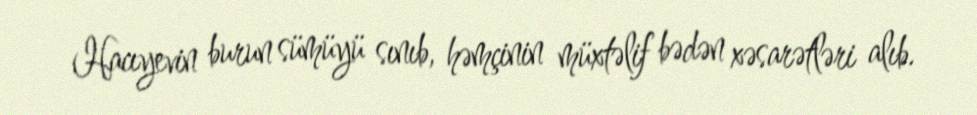
Hacıyevin burun sümüyü sınıb, həmçinin müxtəlif bədən xəsarətləri alıb.